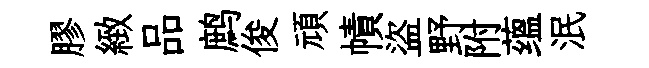
膠緻品鹧俊頑幘盜野附蕴泯